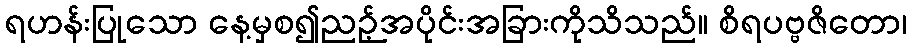
ရဟန်းပြုသော နေ့မှစ၍ညဉ့်အပိုင်းအခြားကိုသိသည်။ စိရပဗ္ဗဇိတော၊